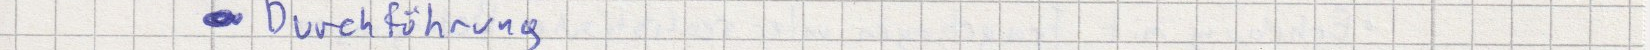
Durchführung